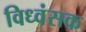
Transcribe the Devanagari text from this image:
विध्‍वंसक